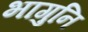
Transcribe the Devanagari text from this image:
भागुनि